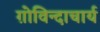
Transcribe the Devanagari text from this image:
ग़ोविन्दाचार्य